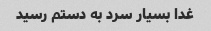
غدا بسیار سرد به دستم رسید